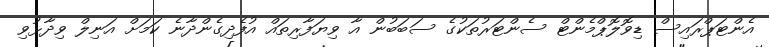
އެންޓަޕްރައިސް ޑިވޮލޮޕްމެންޓް ސެންޓަރުތަކުގެ ސަބަބުން އާ ވިޔަފާރިތައް އުފެދިގެންދާނެ ކަަމަށް އަނިލް ވިދާޅުވި